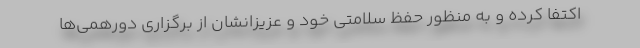
اکتفا کرده و به منظور حفظ سلامتی خود و عزیزانشان از برگزاری دورهمی‌ها